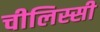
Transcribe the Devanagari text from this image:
चीलिस्सी